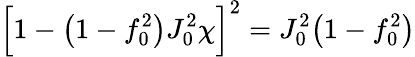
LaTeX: \Big[1-\big(1-f_{0}^{2}\big)J_{0}^{2}\chi\Big]^{2}=J_{0}^{2}\big(1-f_{0}^{2}\big)